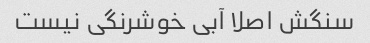
سنگش اصلا آبی خوشرنگی نیست